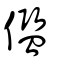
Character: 儖